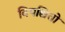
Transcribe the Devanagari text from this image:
विपश्चितों